Vaccination report Assam 1874-1896 - 1874-1896
Year: 1874
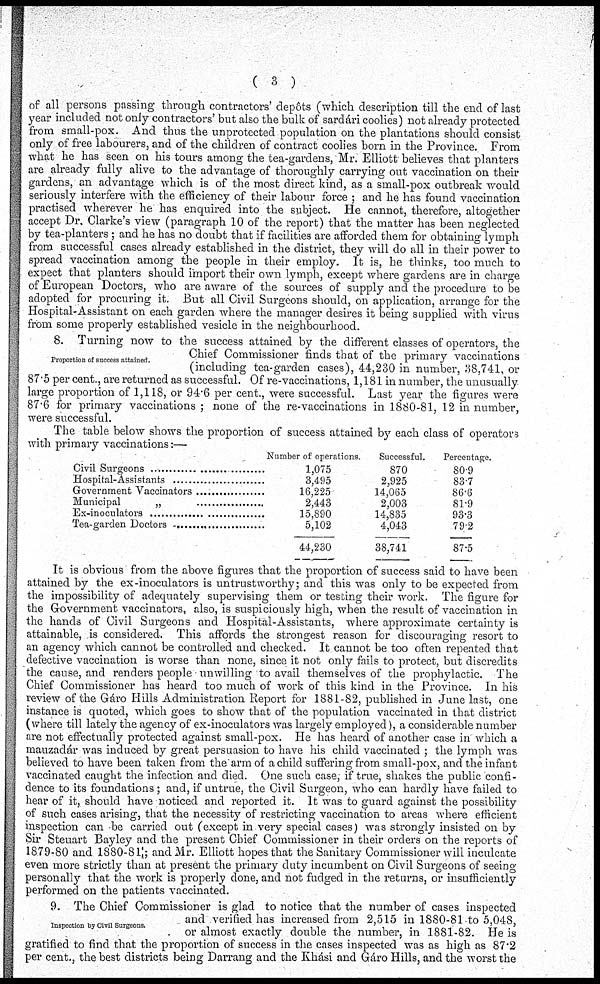
( 3 )
of all persons passing through contractors' depôts (which description till the end of last
year included not only contractors' but also the bulk of sardári coolies) not already protected
from small-pox. And thus the unprotected population on the plantations should consist
only of free labourers, and of the children of contract coolies born in the Province. From
what he has seen on his tours among the tea-gardens, Mr. Elliott believes that planters
are already fully alive to the advantage of thoroughly carrying out vaccination on their
gardens, an advantage which is of the most direct kind, as a small-pox outbreak would
seriously interfere with the efficiency of their labour force ; and he has found vaccination
practised wherever he has enquired into the subject. He cannot, therefore, altogether
accept Dr. Clarke's view (paragraph 10 of the report) that the matter has been neglected
by tea-planters; and he has no doubt that if facilities are afforded them for obtaining lymph
from successful cases already established in the district, they will do all in their power to
spread vaccination among the people in their employ. It is, he thinks, too much to
expect that planters should import their own lymph, except where gardens are in charge
of European Doctors, who are aware of the sources of supply and the procedure to be
adopted for procuring it. But all Civil Surgeons should, on application, arrange for the
Hospital-Assistant on each garden where the manager desires it being supplied with virus
from some properly established vesicle in the neighbourhood.
Proportion of success attained.
8. Turning now to the success attained by the different classes of operators, the
Chief Commissioner finds that of the primary vaccinations
(including tea-garden cases), 44,230 in number, 38,741, or
87.5 per cent., are returned as successful. Of re-vaccinations, 1,181 in number, the unusually
large proportion of 1,118, or 94.6 per cent., were successful. Last year the figures were
87.6 for primary vaccinations ; none of the re-vaccinations in 1880-81, 12 in number,
were successful.
The table below shows the proportion of success attained by each class of operators
with primary vaccinations:—
Civil Surgeons ........................
Hospital-Assistants ................
Government Vaccinators ................
Municipal „ ................
Ex-inoculators ........................
Tea-garden Doctors ........................
Number of operations.
1,075
3,495
16,225
2,443
15,890
5,102
44,230
Successful.
870
2,925
14,065
2,003
14,835
4,043
38,741
Percentage.
80.9
83.7
86.6
81.9
93.3
79.2
87.5
It is obvious from the above figures that the proportion of success said to have been
attained by the ex-inoculators is untrustworthy; and this was only to be expected from
the impossibility of adequately supervising them or testing their work. The figure for
the Government vaccinators, also, is suspiciously high, when the result of vaccination in
the hands of Civil Surgeons and Hospital-Assistants, where approximate certainty is
attainable, is considered. This affords the strongest reason for discouraging resort to
an agency which cannot be controlled and checked. It cannot be too often repeated that
defective vaccination is worse than none, since it not only fails to protect, but discredits
the cause, and renders people unwilling to avail themselves of the prophylactic. The
Chief Commissioner has heard too much of work of this kind in the Province. In his
review of the Gáro Hills Administration Report for 1881-82, published in June last, one
instance is quoted, which goes to show that of the population vaccinated in that district
(where till lately the agency of ex-inoculators was largely employed), a considerable number
are not effectually protected against small-pox. He has heard of another case in which a
mauzadár was induced by great persuasion to have his child vaccinated ; the lymph was
believed to have been taken from the arm of a child suffering from small-pox, and the infant
vaccinated caught the infection and died. One such case, if true, shakes the public confi-
dence to its foundations; and, if untrue, the Civil Surgeon, who can hardly have failed to
hear of it, should have noticed and reported it. It was to guard against the possibility
of such cases arising, that the necessity of restricting vaccination to areas where efficient
inspection can be carried out (except in very special cases) was strongly insisted on by
Sir Steuart Bayley and the present Chief Commissioner in their orders on the reports of
1879-80 and 1880-81 ; and Mr. Elliott hopes that the Sanitary Commissioner will inculcate
even more strictly than at present the primary duty incumbent on Civil Surgeons of seeing
personally that the work is properly done, and not fudged in the returns, or insufficiently
performed on the patients vaccinated.
Inspection by Civil Surgeons.
9. The Chief Commissioner is glad to notice that the number of cases inspected
and verified has increased from 2,515 in 1880-81 to 5,048,
or almost exactly double the number, in 1881-82. He is
gratified to find that the proportion of success in the cases inspected was as high as 87.2
per cent., the best districts being Darrang and the Khási and Gáro Hills, and the worst the